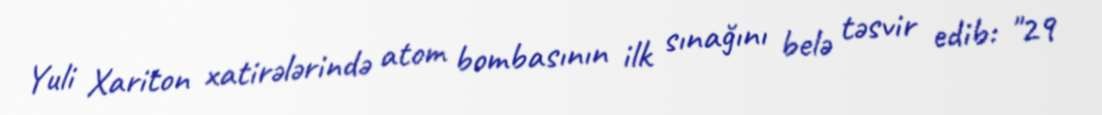
Yuli Xariton xatirələrində atom bombasının ilk sınağını belə təsvir edib: "29